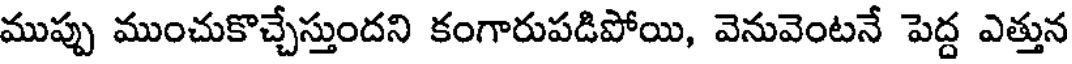
ముప్పు ముంచుకొచ్చేస్తుందని కంగారుపడిపోయి, వెనువెంటనే పెద్ద ఎత్తున